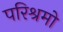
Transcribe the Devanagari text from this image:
परिश्रमो